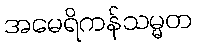
အမေရိကန်သမ္မတ